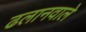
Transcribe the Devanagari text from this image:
ढलानवाले